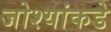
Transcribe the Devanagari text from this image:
जोश्यांकडे